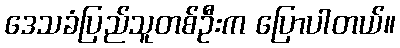
ဒေသခံပြည်သူတစ်ဦးက ပြောပါတယ်။